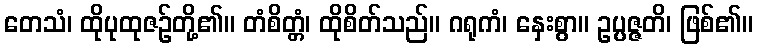
တေသံ၊ ထိုပုထုဇဉ်တို့၏။ တံစိတ္တံ၊ ထိုစိတ်သည်။ ဂရုကံ၊ နှေးစွာ။ ဥပ္ပဇ္ဇတိ၊ ဖြစ်၏။